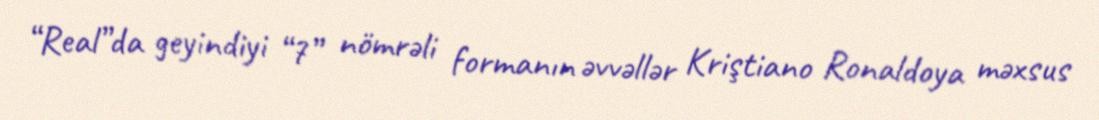
“Real”da geyindiyi “7” nömrəli formanın əvvəllər Kriştiano Ronaldoya məxsus